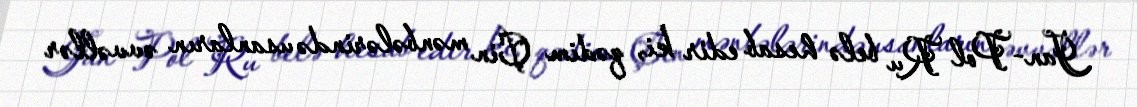
Jan-Pol Ru belə hesab edir ki, qədim Çin mənbələrində usanların əvvəllər